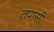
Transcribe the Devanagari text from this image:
तपासी